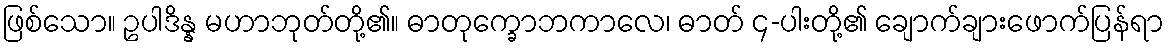
ဖြစ်သော။ ဥပါဒိန္န မဟာဘုတ်တို့၏။ ဓာတုက္ခောဘကာလေ၊ ဓာတ် ၄-ပါးတို့၏ ချောက်ချားဖောက်ပြန်ရာ